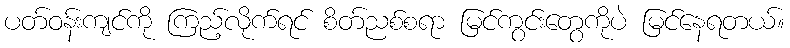
ပတ်ဝန်းကျင်ကို ကြည့်လိုက်ရင် စိတ်ညစ်စရာ မြင်ကွင်းတွေကိုပဲ မြင်နေရတယ်။